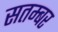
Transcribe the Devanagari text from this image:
सतम्बर